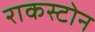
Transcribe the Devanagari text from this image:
राकस्टोन